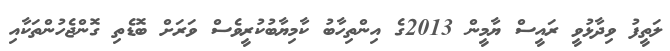
ލަތީފު ވިދާޅުވީ ރައީސް ޔާމީން 2013ގެ އިންތިހާބު ކާމިޔާބުކުރީވެސް ވަރަށް ބޮޑެތި ގޮންޖެހުންތަކާއި